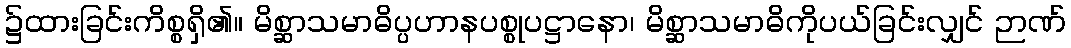
၌ထားခြင်းကိစ္စရှိ၏။ မိစ္ဆာသမာဓိပ္ပဟာနပစ္စုပဋ္ဌာနော၊ မိစ္ဆာသမာဓိကိုပယ်ခြင်းလျှင် ဉာဏ်